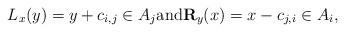
LaTeX: \begin{align*}L_x(y)=y+c_{i,j}\in A_j{\rm and} \mathbf{R}_y(x)= x-c_{j,i}\in A_i,\end{align*}